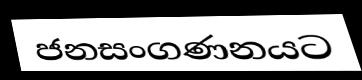
ජනසංගණනයට